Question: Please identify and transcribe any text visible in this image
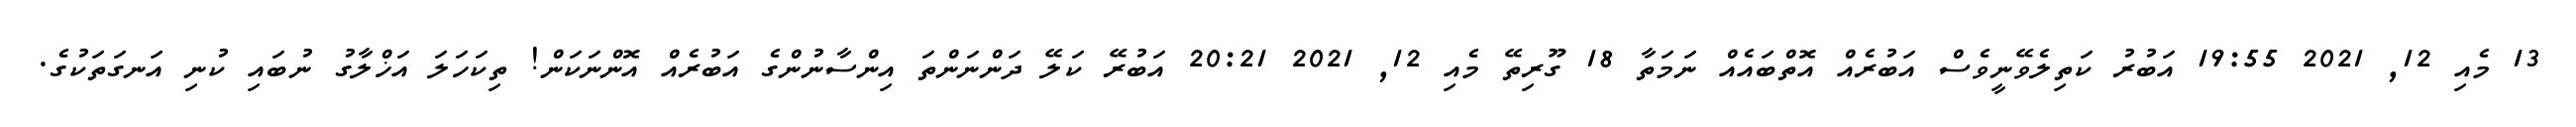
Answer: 13 މެއި 12, 2021 19:55 އަބުރު ކަތިލެވޭނީވެސް އަބުރެއް އޮތްބައެއް ނަމަތާ 18 ގޫރިތޭ މެއި 12, 2021 20:21 އަބުރޭ ކަލޭ ދަންނަންތަ އިންސާނުންގެ އަބުރެއް އޮންނަކަން! ތިކަހަލަ އަޚްލާގު ނުބައި ކުނި އަނގަތަކުގެ.